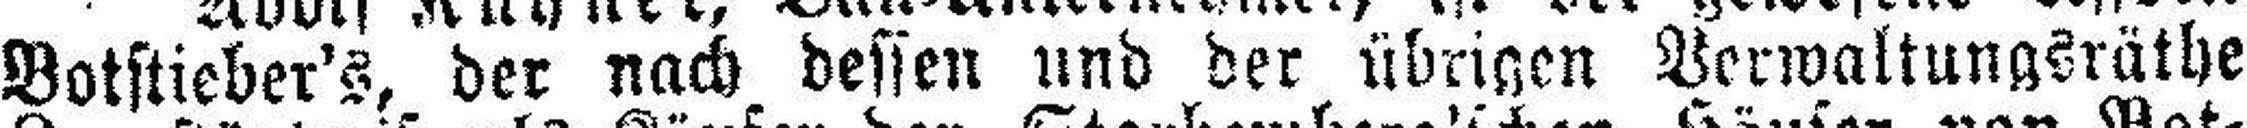
Botstieber's, der nach dessen und der übrigen Venvaltungsräthe